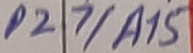
Text: P27/A15